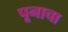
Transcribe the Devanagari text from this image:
पूनाचा